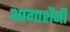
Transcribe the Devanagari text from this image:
आगाशेंनी